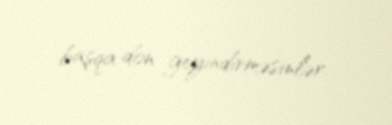
başqa don geyindirməsinlər.